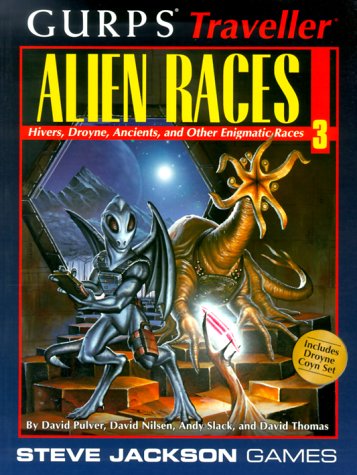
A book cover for Gurps Traveller Alien Races 3: Hivers, Droyne, Ancients, and Other Enigmatic Races; Andy Slack; Science Fiction & Fantasy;